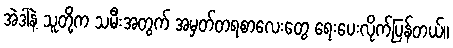
အဲဒါနဲ့ သူတို့က သမီးအတွက် အမှတ်တရစာလေးတွေ ရေးပေးလိုက်ပြန်တယ်။